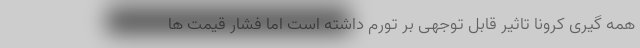
همه گیری کرونا تاثیر قابل توجهی بر تورم داشته است اما فشار قیمت ها